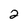
Character: 2